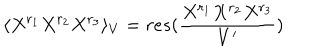
\langle X ^ { r _ { 1 } } X ^ { r _ { 2 } } X ^ { r _ { 3 } } \rangle _ { V } = r e s ( { \frac { X ^ { r _ { 1 } } X ^ { r _ { 2 } } X ^ { r _ { 3 } } } { V ^ { \prime } } } )